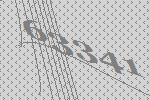
63341